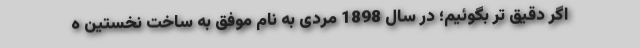
اگر دقیق تر بگوئیم؛ در سال 1898 مردی به نام موفق به ساخت نخستین ه